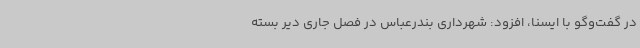
در گفت‌وگو با ایسنا، افزود: شهرداری بندرعباس در فصل جاری دیر بسته